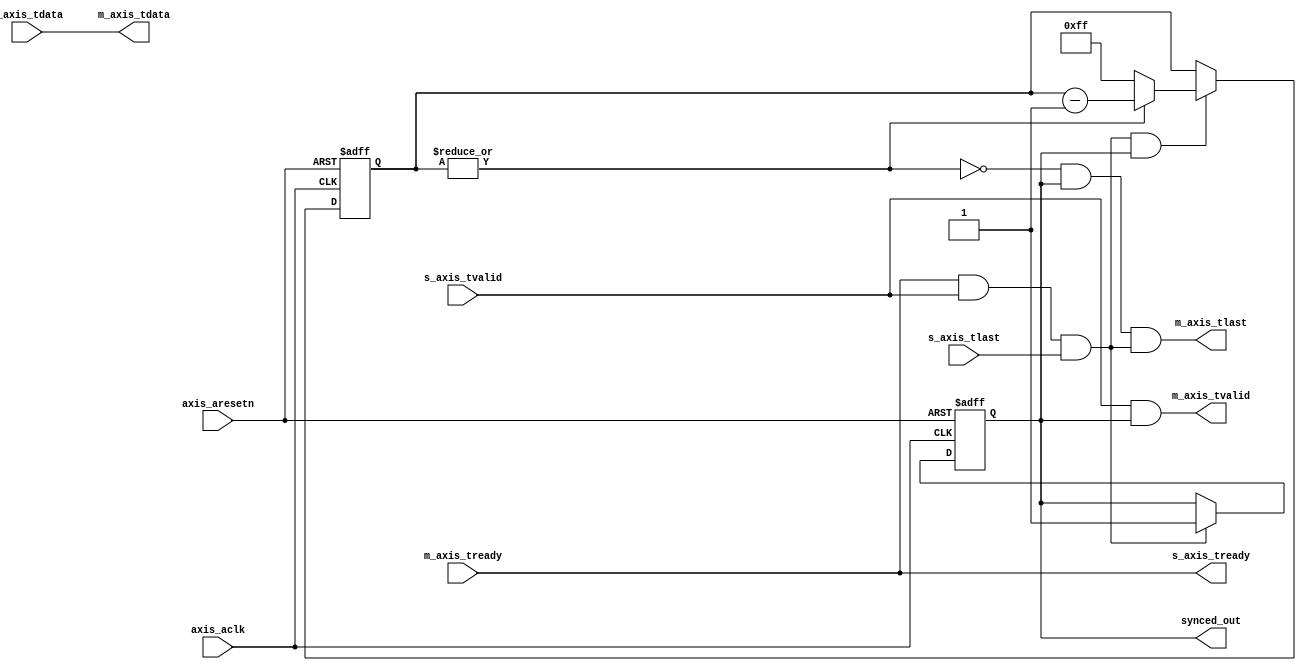

`timescale 1 ns / 1 ps

module axis_packet_combiner #
(
    // Users to add parameters here
    parameter integer AXIS_TDATA_WIDTH = 32,
    parameter integer PACKETS_PER_PACKET = 256,
    parameter integer DISCARD_FIRST_PACKET = 1
)
(
    input  wire                        axis_aclk,
    input  wire                        axis_aresetn,
    
    output  wire                       s_axis_tready,
    input  wire [AXIS_TDATA_WIDTH-1:0] s_axis_tdata,
    input  wire                        s_axis_tvalid,
    input  wire                        s_axis_tlast,

    input  wire                        m_axis_tready,
    output wire [AXIS_TDATA_WIDTH-1:0] m_axis_tdata,
    output wire                        m_axis_tvalid,
    output wire                        m_axis_tlast,
    
    output wire                        synced_out
);
    wire data_valid = s_axis_tready & s_axis_tvalid;
    wire data_last_valid = data_valid & s_axis_tlast;
    
    // detect the first tlast = 1 to prevent sending half input packets
    // Note: tlast can be tied to 1 in which case packet_len = 1 and counte counts samples instead of packets
    reg synced;
    always @(posedge axis_aclk, negedge axis_aresetn)
    begin
        if(~axis_aresetn)
        begin
            if(DISCARD_FIRST_PACKET)
                synced <= 0;
            else
                synced <= 1;
        end else begin   
            // skip everything until we've seen the last sample from a packet
            if(data_last_valid)
            begin
                synced <= 1;
            end
        end
    end

    // Count packets in inputstream
    reg [$clog2(PACKETS_PER_PACKET)-1:0] ip_cnt;
    wire op_end = ~|ip_cnt;
    always @(posedge axis_aclk, negedge axis_aresetn)
    begin
        if(~axis_aresetn)
        begin
            ip_cnt <= PACKETS_PER_PACKET - 1;
        end
        else
        begin
            if(data_last_valid && synced)
            begin
                if(op_end) begin
                    ip_cnt <= PACKETS_PER_PACKET - 1;
                end else begin
                    ip_cnt <= ip_cnt - 1;
                end
            end
        end
    end
  
    wire gen_tlast = op_end && synced && data_last_valid;

    assign s_axis_tready = m_axis_tready;

    assign m_axis_tvalid = s_axis_tvalid & synced;
    assign m_axis_tdata = s_axis_tdata;
    assign m_axis_tlast = gen_tlast;

    assign synced_out = synced;
endmodule